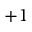
+ 1